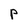
Character: p